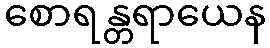
စောရန္တရာယေန